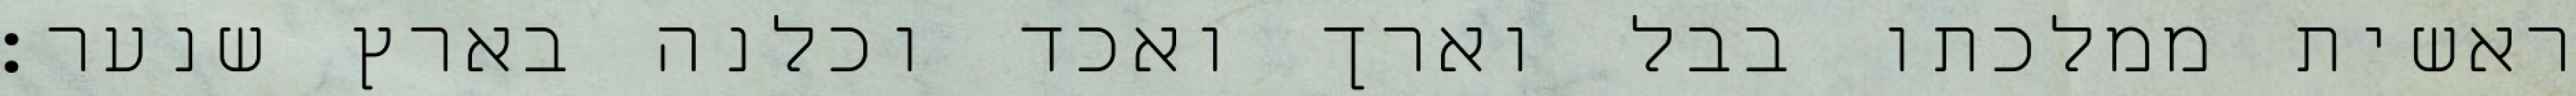
ראשית ממלכתו בבל וארך ואכד וכלנה בארץ שנער׃